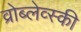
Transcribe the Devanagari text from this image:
व्रोब्लेव्स्की